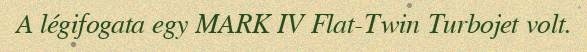
A légifogata egy MARK IV Flat-Twin Turbojet volt.